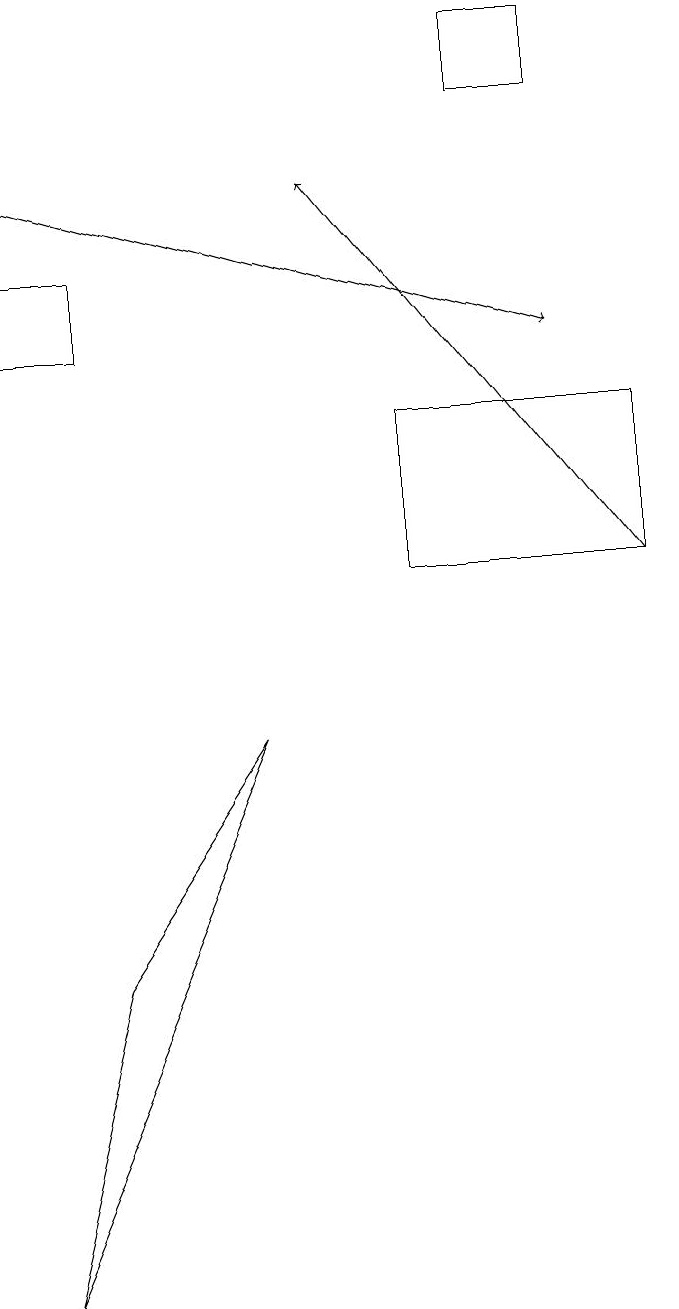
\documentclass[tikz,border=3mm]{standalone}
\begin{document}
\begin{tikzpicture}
\draw (0,1) -- (3,8) -- (1,5) -- cycle;
\draw (7,17) rectangle (6,16);
\draw[->] (0,15) -- (7,13);
\draw (1,14) rectangle (0,13);
\draw (8,12) rectangle (5,10);
\draw[->] (8,10) -- (4,15);
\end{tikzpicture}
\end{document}